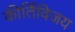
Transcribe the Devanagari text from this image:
कीर्तिविजय